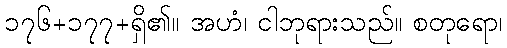
၁၇၆+၁၇၇+ရှိ၏။ အဟံ၊ ငါဘုရားသည်။ စတုရော၊